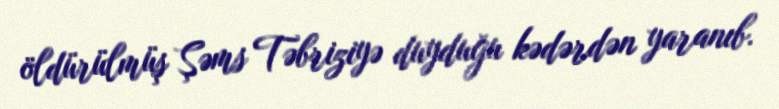
öldürülmüş Şəms Təbriziyə duyduğu kədərdən yaranıb.